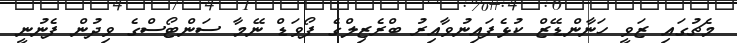
މެޗުގައި ޒަވީ ހަނާންޑޭޒް ކުޅެފައިނުވާއިރު ބްރެޒިލްގެ ފޯވަޑް ނޭމާ ސަންޓޯސްގެ ވިދުން ފެނުނީ